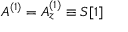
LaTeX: A ^ { ( 1 ) } = A _ { z } ^ { ( 1 ) } \equiv S [ 1 ]